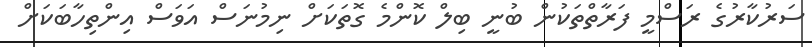
ސަރުކާރުގެ ރަސްމީ ފަރާތްތަކުން ބުނީ ބިލް ކޮންމެ ގޮތަކަށް ނިމުނަަސް އަވަސް އިންތިހާބަކަށް